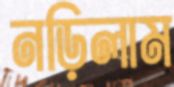
নড়িলাম